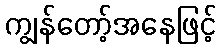
ကျွန်တော့်အနေဖြင့်